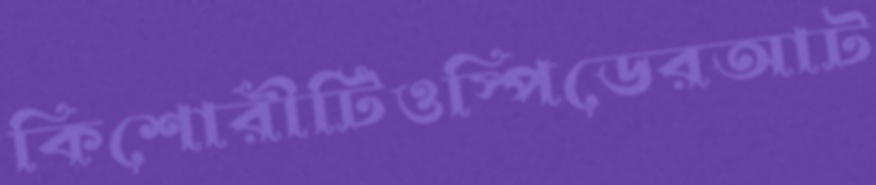
কিশোরীটিওস্পিডেরআট